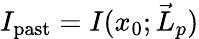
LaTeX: I_{\mathrm{past}}=I(x_{0};{\vec{L}}_{p})